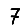
Digit: 7